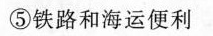
⑤铁路和海运便利